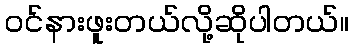
ဝင်နားဖူးတယ်လို့ဆိုပါတယ်။